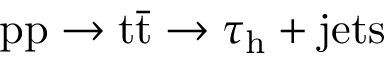
\mathrm { p p } \rightarrow \mathrm { t } \bar { \mathrm { t } } \rightarrow \tau _ { \mathrm { h } } + \mathrm { j e t s }